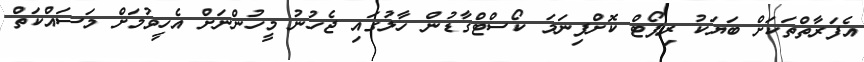
އެފަރާތްތަކަށް ބަޔަކު ރިޕޯޓް ކޮށްފިނަމަ ކޯސްޓްގާޑުން ހާލުގައި ޖެހުނު މީހުންނަށް އެހީވުމަށް މަސައްކަތް